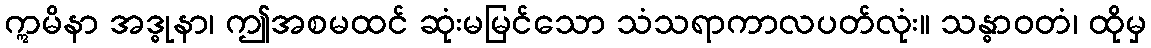
ဣမိနာ အဒ္ဓုနာ၊ ဤအစမထင် ဆုံးမမြင်သော သံသရာကာလပတ်လုံး။ သန္ဓာဝတံ၊ ထိုမှ